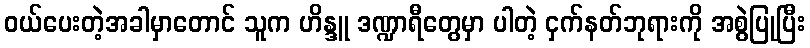
ဝယ်ပေးတဲ့အခါမှာတောင် သူက ဟိန္ဒူ ဒဏ္ဍာရီတွေမှာ ပါတဲ့ ငှက်နတ်ဘုရားကို အစွဲပြုပြီး